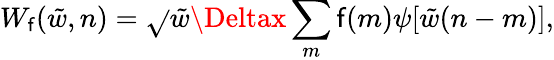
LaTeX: W_{\mathsf{f}}(\tilde{{w}},n)=\sqrt{}{{\tilde{{w}}\Deltax}}\sum_{m}\mathsf{f}(m)\psi[\tilde{{w}}(n-m)],